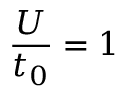
\frac { U } { t _ { 0 } } = 1